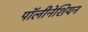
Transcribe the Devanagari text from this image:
पॉलीनेशियन